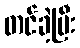
တင်ခဲ့ပြီး